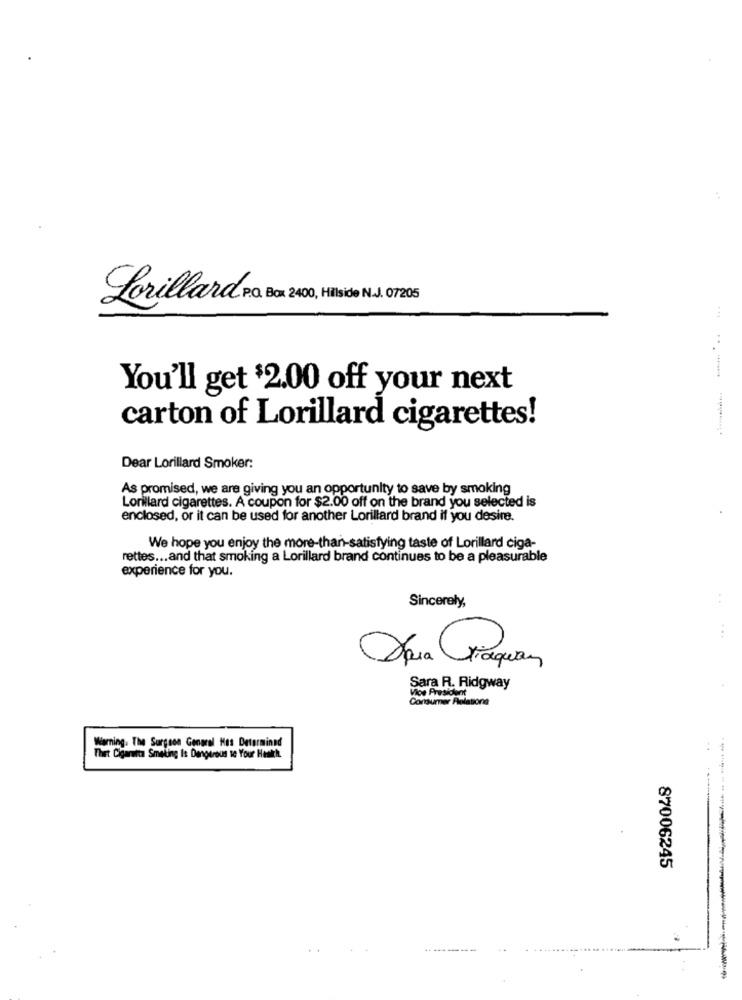
Lorillard P.O. Box 240,Hilside N. 7205
You'll get $2.00 off your next
carton of Lorillard cigarettes!
Dear Lorillard Smoker:
As promised, we are giving you an opportunity to save by smoking
Lorillard cigarettes. A coupon for $2.00 off on the brand you selected is
enclosed, or it can be used for another Lorillard brand if you desire.
We hope you enjoy the more-than-satisfying taste of Lorillard ciga-
rettes ... and that smoking a Lorillard brand continues to be a pleasurable
experience for you.
Sincerely,
Dra Paquan
Sara R. Ridgway
Consumer Relations
Warning. The Surgeon General Hos Determined
Thirt Cigaretta Smeling Is Dangerous se Your Health
87006245